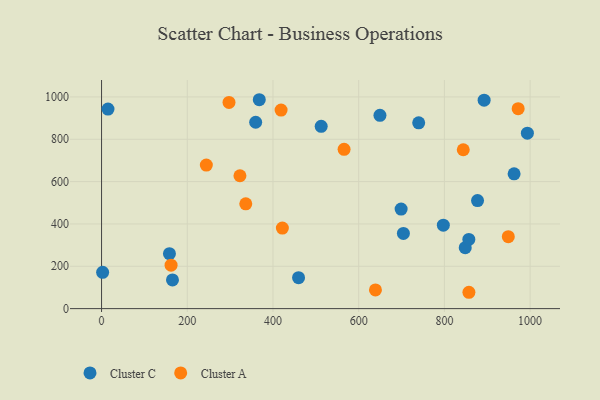
{"axis": {"x": "Engine Size", "y": "Salary"}, "legend": ["Cluster A", "Cluster C"], "data": [{"x": "699.0", "y": 470.3, "type": "Cluster C"}, {"x": "892.7", "y": 984.6, "type": "Cluster C"}, {"x": "797.5", "y": 394.0, "type": "Cluster C"}, {"x": "962.6", "y": 636.9, "type": "Cluster C"}, {"x": "649.6", "y": 913.1, "type": "Cluster C"}, {"x": "848.6", "y": 288.0, "type": "Cluster C"}, {"x": "512.5", "y": 861.3, "type": "Cluster C"}, {"x": "459.7", "y": 146.4, "type": "Cluster C"}, {"x": "877.3", "y": 510.5, "type": "Cluster C"}, {"x": "857.0", "y": 326.7, "type": "Cluster C"}, {"x": "740.0", "y": 877.7, "type": "Cluster C"}, {"x": "165.5", "y": 135.6, "type": "Cluster C"}, {"x": "15.0", "y": 942.8, "type": "Cluster C"}, {"x": "993.6", "y": 828.6, "type": "Cluster C"}, {"x": "158.4", "y": 259.4, "type": "Cluster C"}, {"x": "2.5", "y": 171.5, "type": "Cluster C"}, {"x": "359.6", "y": 880.5, "type": "Cluster C"}, {"x": "704.3", "y": 355.0, "type": "Cluster C"}, {"x": "368.0", "y": 986.8, "type": "Cluster C"}, {"x": "639.1", "y": 88.5, "type": "Cluster A"}, {"x": "418.9", "y": 937.8, "type": "Cluster A"}, {"x": "244.5", "y": 678.2, "type": "Cluster A"}, {"x": "421.9", "y": 380.7, "type": "Cluster A"}, {"x": "857.2", "y": 77.2, "type": "Cluster A"}, {"x": "949.1", "y": 339.7, "type": "Cluster A"}, {"x": "297.4", "y": 973.9, "type": "Cluster A"}, {"x": "322.9", "y": 627.7, "type": "Cluster A"}, {"x": "336.5", "y": 495.2, "type": "Cluster A"}, {"x": "565.9", "y": 752.3, "type": "Cluster A"}, {"x": "972.1", "y": 944.6, "type": "Cluster A"}, {"x": "162.2", "y": 205.3, "type": "Cluster A"}, {"x": "844.0", "y": 750.4, "type": "Cluster A"}]}